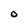
Character: o